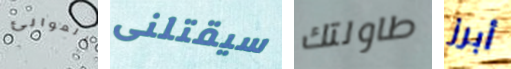
الموانئ سيقتلنى طاولتك أبرز